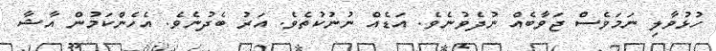
ހުޅުވާލި ނަމަވެސް ޖަވާބެއް ނުދެވުނެވެ. އަޑެއް ނުނުކުތެވެ. އަރު ބެދުނެވެ. އެހެންކަމުން އާޝާ